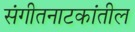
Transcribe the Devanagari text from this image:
संगीतनाटकांतील